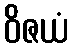
ဝိဇယံ